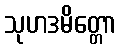
သုဟဒမိတ္တော